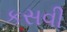
કસવી